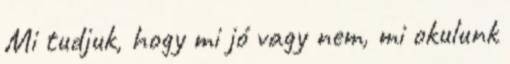
Mi tudjuk, hogy mi jó vagy nem, mi okulunk